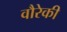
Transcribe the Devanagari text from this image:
वौरेकी